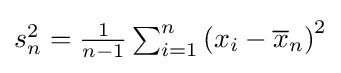
{\textstyle s_{n}^{2}={\frac {1}{n-1}}\sum _{i=1}^{n}\left(x_{i}-{\overline {x}}_{n}\right)^{2}}